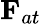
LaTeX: {\mathbf F}_{at}